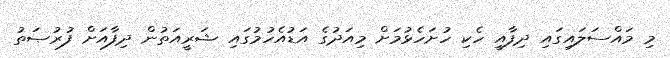
މި މައްސަލައިގައި ދިފާއީ ހެކި ހުށަހެޅުމަށް މިއަދުގެ އަޑުއެހުމުގައި ޝަރީއަތުން ދިފާއަށް ފުރުޞަތު